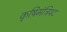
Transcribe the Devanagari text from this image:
कृषिमंत्रिपद